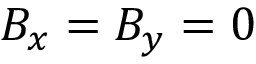
B _ { x } = B _ { y } = 0